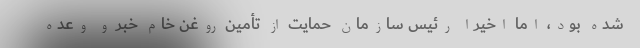
شده بود، اما اخیرا رئیس سازمان حمایت از تأمین روغن خام خبر و وعده